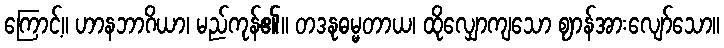
ကြောင့်။ ဟာနဘာဂိယာ၊ မည်ကုန်၏။ တဒနုဓမ္မတာယ၊ ထိုလျှောကျသော ဈာန်အားလျော်သော။